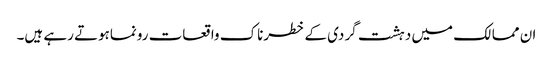
ان ممالک میں دہشت گردی کے خطرناک واقعات رونماہوتے رہے ہیں۔